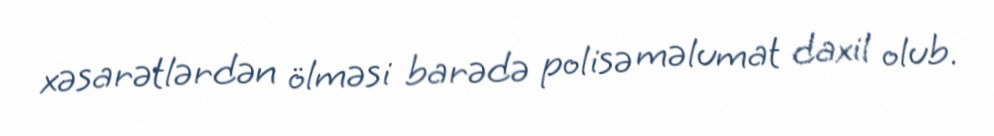
xəsarətlərdən ölməsi barədə polisə məlumat daxil olub.